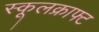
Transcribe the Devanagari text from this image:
स्कूलक्राफ्ट